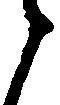
ら